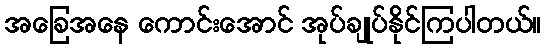
အခြေအနေ ကောင်းအောင် အုပ်ချုပ်နိုင်ကြပါတယ်။